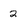
Character: 2